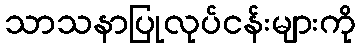
သာသနာပြုလုပ်ငန်းများကို